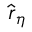
\hat { \boldsymbol r } _ { \eta }